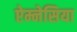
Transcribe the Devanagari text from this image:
ऐम्नेसिया